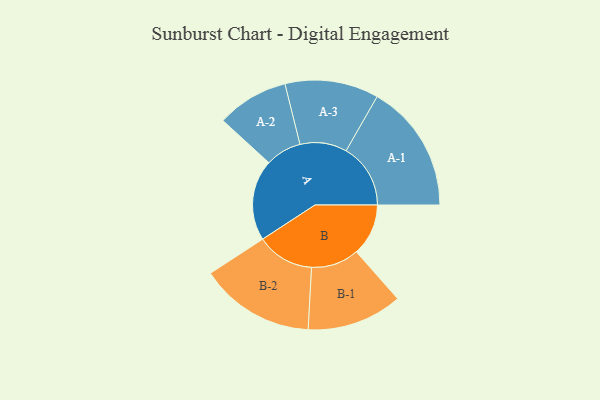
{"axis": {"x": "Segment", "y": "Value"}, "legend": ["", "A", "B"], "data": [{"x": "A", "y": 363, "type": ""}, {"x": "B", "y": 233, "type": ""}, {"x": "A-1", "y": 289, "type": "A"}, {"x": "A-2", "y": 161, "type": "A"}, {"x": "A-3", "y": 210, "type": "A"}, {"x": "B-1", "y": 214, "type": "B"}, {"x": "B-2", "y": 258, "type": "B"}]}